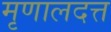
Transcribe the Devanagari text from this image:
मृणालदत्त